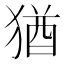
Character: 猶